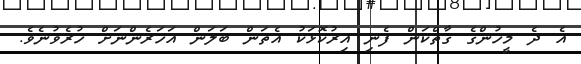
އެ ދެ މީހުންގެ ގާތްކަން ފެނި އިރުކޮޅަކު އެތަން ބަލަން އަހަރެންނަށް ހުރެވުނެވެ.